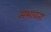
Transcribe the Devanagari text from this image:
संभावता